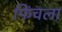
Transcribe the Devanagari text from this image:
फिंचला